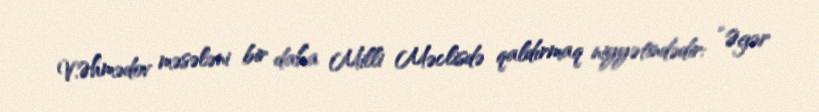
V.Əhmədov məsələni bir daha Milli Məclisdə qaldırmaq niyyətindədir: “Əgər